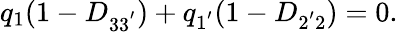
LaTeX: q_{1}(1-D_{33^{'}})+q_{1^{'}}(1-D_{2^{'}2})=0.